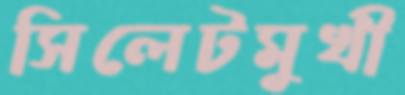
সিলেটমুখী